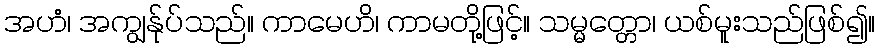
အဟံ၊ အကျွန်ုပ်သည်။ ကာမေဟိ၊ ကာမတို့ဖြင့်။ သမ္မတ္တော၊ ယစ်မူးသည်ဖြစ်၍။